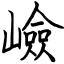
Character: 嶮